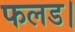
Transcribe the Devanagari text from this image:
फलड।